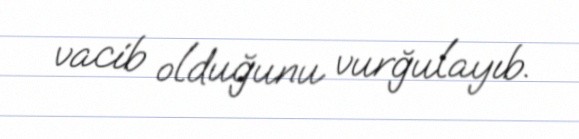
vacib olduğunu vurğulayıb.